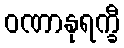
ဝဏာနုရက္ခီ